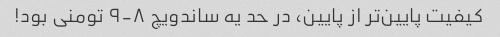
کیفیت پایین‌تر از پایین، در حد یه ساندویچ ۸-۹ تومنی بود!